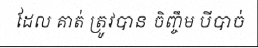
ដែល គាត់ ត្រូវបាន ចិញ្ចឹម បីបាច់